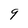
Character: 9